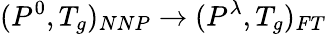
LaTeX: (P^{0},T_{g})_{NNP}\rightarrow(P^{\lambda},T_{g})_{FT}